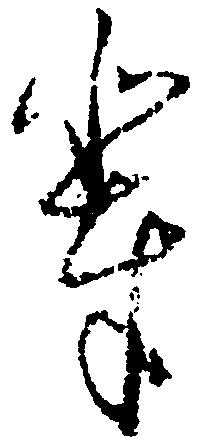
輩